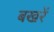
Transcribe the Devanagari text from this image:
बखरें